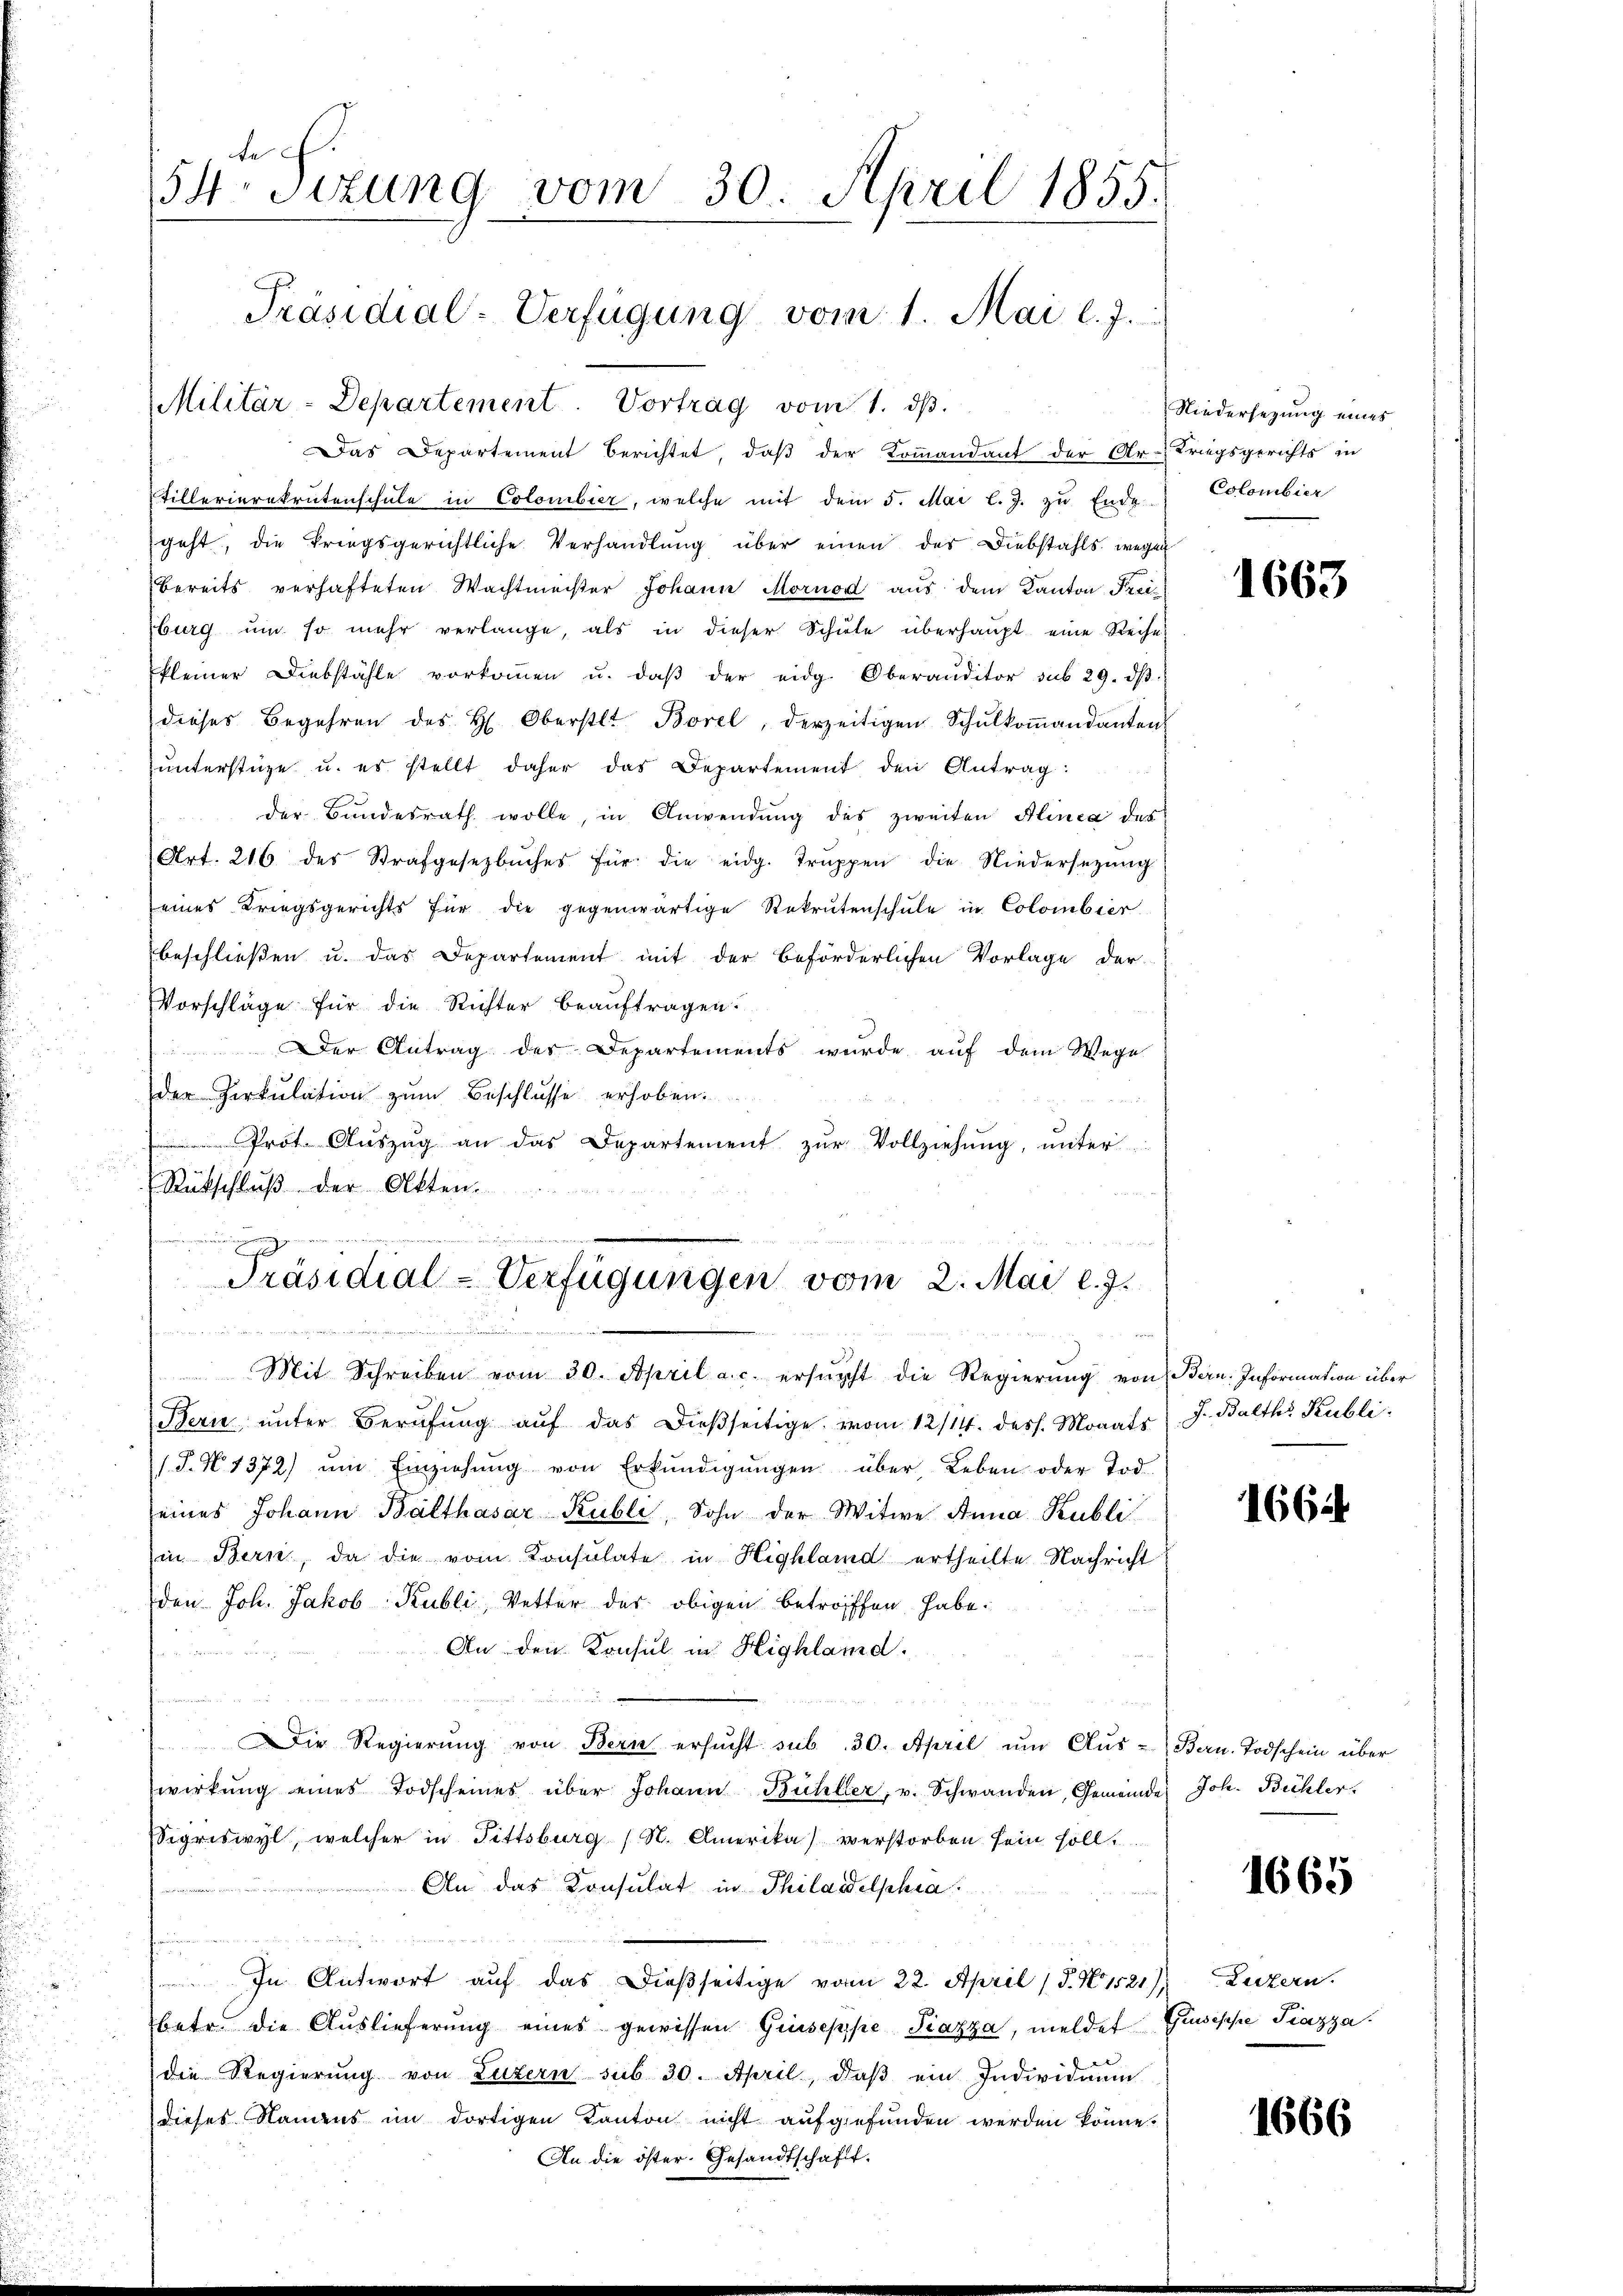
te
54 sizung vom 30. April 1855.
Präsidial-Verfügung vom 1. Mai l. J.

Militär-Departement. Vortrag vom 1. dβ.

Das Departement berichtet, daß der Ermandant der Ur-Kriegsgerichts in
tillerierekrutenschule in Colombier, welche mit dem 5. Mai l. J. zu Ende Colombier
geht, die kriegsgerichtliche Verhandlung über einen des Diebstahls wegen
bereits verhafteten Wachtmeister Johann Mornod aus dem Kanton Freiburg ŭm so mehr verlange, als in dieser Schŭle überhaupt eine Reihe
kleiner Diebstähle vorkoṁen u. daβ der eidg. Oberanditor sub 29. dβ.
dieses Begehren des H. Oberstl. Borel, derzeitigen Schŭlkoṁandanten
unterstüze u. es stellt daher das Departement den Antrag:
der Bundesrath wolle, in Anwendung des zweiten Alinea des
Art. 216 des Strafgesetzbuches für die eidg. Trŭppen die Niedersezung
eines Kriegsgerichts für die gegenwärtige Rekrutenschŭle in Colombier
beschließen u. das Departement mit der beförderlichen Vorlage der
Vorschläge für die Richter beauftragen.
er Antrag der Departements wurde aŭf dem Wege
der Perkulation zum Beschlusse erhoben.
Prot. Aŭszŭg an das Departement zŭr Vollziehŭng ŭnter
Rückschluß der Akten.
enten
n

e
n
Präsidial-Verfügungen vom 2. Mai l. J.
num eine
ds war heute, das er der einer selben die eine
Mit Schreiben vom 30. April a. c. ersŭcht die Regierŭng von Bern: Information über
Bern unter Berufung auf das dießseitige vom 12/14. dess. Monats
/J. N. 1372) ŭm Einziehŭng von Erkŭndigŭngen über Leben oder Tod.
eines Johann Balthasar Rubli, Sohn der Witwe Anna Kubli
in Bern, da die vom Konsulate in Highland ertheilte Nachricht
den Joh. Jakob Kubli, Vetter der obigen betroffen habe.
An den Konsul in Highland.
 2
Die Regierŭng von Bern ersŭcht sub 30. April ŭm Aŭs-Bern. Todschein über
wirkŭng eines Todscheines über Johann Bühler, v. Schwanden, Gemeinde Joh. Bichler.
Sigriswyl, welcher in Fittsburg (N. Amerika) verstorben sein soll.
An das Konsulat in Philadelphia
In Antwort aŭf das dießseitige von 22. April (T. Hr. Luzern.
betr. die Auslieferung eines gewissen Giuseppe Piazza, meldet Gisische Piazza
die Regierŭng von Luzern sub 30. April, daβ ein Individaŭm
dieses Namens im dortigen Kanton nicht aŭfgefŭnden werden könne.

schafft.

Niedersezung eines

1663

J. Balth. Kubli

1664

1665

1666